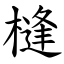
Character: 槰